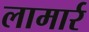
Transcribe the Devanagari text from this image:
लामार्र